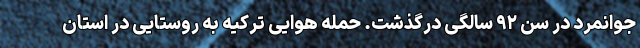
جوانمرد در سن ۹۲ سالگی درگذشت. حمله هوایی ترکیه به روستایی در استان